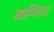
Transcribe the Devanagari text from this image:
माप्पिलस्